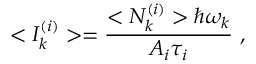
< I _ { k } ^ { ( i ) } > = \frac { < N _ { k } ^ { ( i ) } > \hbar \omega _ { k } } { A _ { i } \tau _ { i } } \ ,